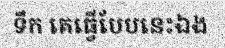
ទឹក គេធ្វើបែបនេះឯង